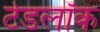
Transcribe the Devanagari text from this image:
टेडलॉक